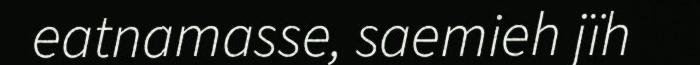
eatnamasse, saemieh jïh